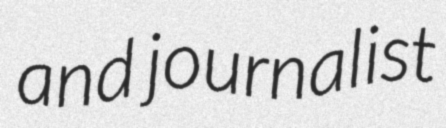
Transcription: and journalist